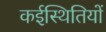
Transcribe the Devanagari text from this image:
कईस्थितियों